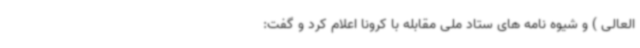
العالی ) و شیوه نامه های ستاد ملی مقابله با کرونا اعلام کرد و گفت: